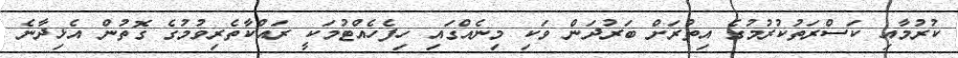
ކުރުމާއި ކަސްރަތުކުރުމުގެ އިތުރަށް ބަރުދަން ވަކި މިނެއްގައި ހިފެހެއްޓުމަކީ ރައްކާތެރިވުމުގެ ގޮތުން އެޅިދާނެ